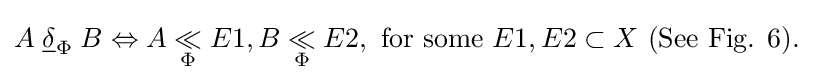
A\mathrel {{\underline {\delta }}_{\Phi }} B\Leftrightarrow A\mathrel {\mathop {\ll } _{\Phi }} E1,B\mathrel {\mathop {\ll } _{\Phi }} E2,\ {\mbox{for some}}\ E1,E2\subset X\ {\mbox{(See Fig. 6).}}